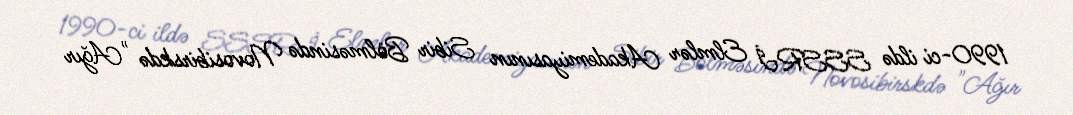
1990-ci ildə SSSRİ Elmlər Akademiyasının Sibir Bölməsində Novosibirskdə "Ağır